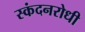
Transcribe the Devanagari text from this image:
स्कंदनरोधी